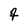
Character: 9